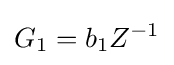
G_{1}=b_{1}Z^{-1}